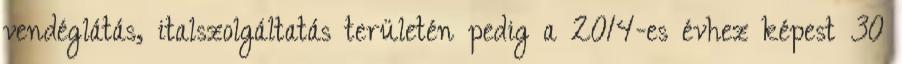
vendéglátás, italszolgáltatás területén pedig a 2014-es évhez képest 30